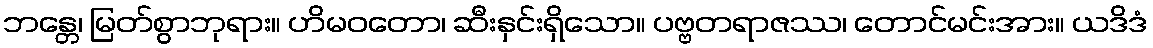
ဘန္တေ၊ မြတ်စွာဘုရား။ ဟိမဝတော၊ ဆီးနှင်းရှိသော။ ပဗ္ဗတရာဇဿ၊ တောင်မင်းအား။ ယဒိဒံ